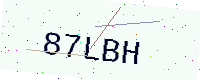
Text: 87LBH